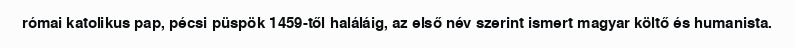
római katolikus pap, pécsi püspök 1459-től haláláig, az első név szerint ismert magyar költő és humanista.